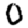
Digit: 0